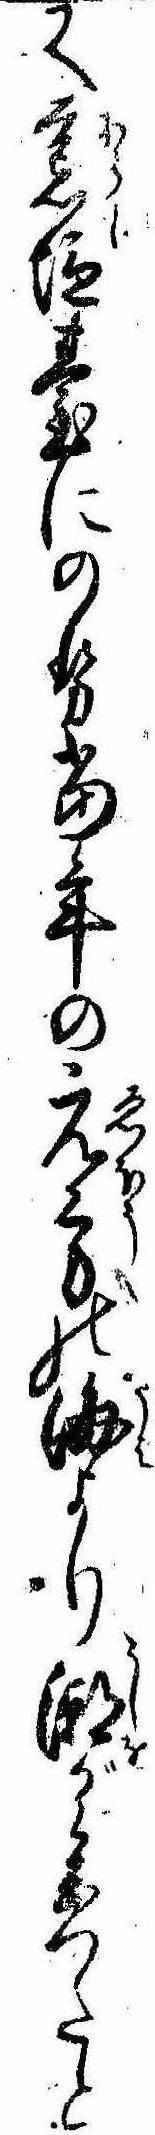
又荒塩台にのせ当年のえ方の海より潮が参つたと